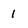
Character: 1